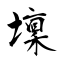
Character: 壈